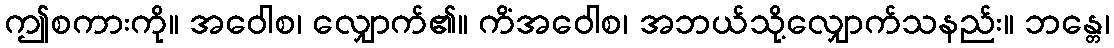
ဤစကားကို။ အဝေါစ၊ လျှောက်၏။ ကိံအဝေါစ၊ အဘယ်သို့လျှောက်သနည်း။ ဘန္တေ၊